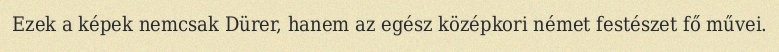
Ezek a képek nemcsak Dürer, hanem az egész középkori német festészet fő művei.